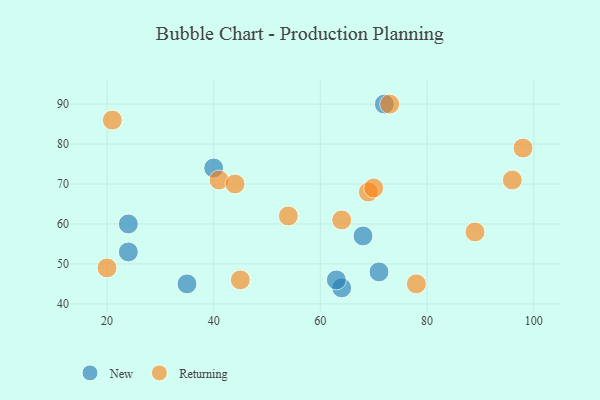
{"axis": {"x": "GDP", "y": "Life Expectancy"}, "legend": ["New", "Returning"], "data": [{"x": "68", "y": 57, "type": "New"}, {"x": "24", "y": 53, "type": "New"}, {"x": "40", "y": 74, "type": "New"}, {"x": "72", "y": 90, "type": "New"}, {"x": "71", "y": 48, "type": "New"}, {"x": "35", "y": 45, "type": "New"}, {"x": "24", "y": 60, "type": "New"}, {"x": "64", "y": 44, "type": "New"}, {"x": "63", "y": 46, "type": "New"}, {"x": "20", "y": 49, "type": "Returning"}, {"x": "64", "y": 61, "type": "Returning"}, {"x": "69", "y": 68, "type": "Returning"}, {"x": "45", "y": 46, "type": "Returning"}, {"x": "54", "y": 62, "type": "Returning"}, {"x": "89", "y": 58, "type": "Returning"}, {"x": "41", "y": 71, "type": "Returning"}, {"x": "70", "y": 69, "type": "Returning"}, {"x": "44", "y": 70, "type": "Returning"}, {"x": "96", "y": 71, "type": "Returning"}, {"x": "21", "y": 86, "type": "Returning"}, {"x": "73", "y": 90, "type": "Returning"}, {"x": "98", "y": 79, "type": "Returning"}, {"x": "78", "y": 45, "type": "Returning"}]}